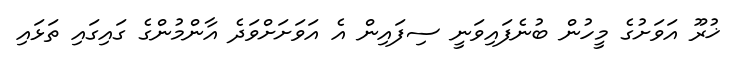
ޚުރޫ އަވަށުގެ މީހުން ބުނެފައިވަނީ ސިފައިން އެ އަވަށަށްވަދެ އާންމުންގެ ގައިގައި ތަޅައި